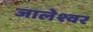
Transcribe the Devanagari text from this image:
जालेश्वर